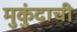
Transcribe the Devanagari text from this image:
मुकुंदाची